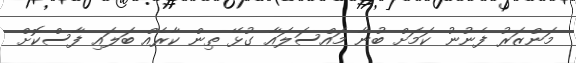
މަންޒަރު ފެނުނު ކަމަށް ބުނާ މައްސަލައާ ގުޅޭ ތިން ކާރެއް ބަލައި ފާސްކޮށް